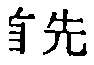
首先